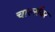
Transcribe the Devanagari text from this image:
चार्ल्सवर